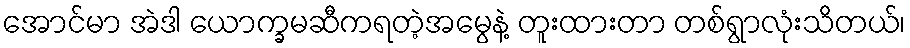
အောင်မာ အဲဒါ ယောက္ခမဆီကရတဲ့အမွေနဲ့ တူးထားတာ တစ်ရွာလုံးသိတယ်၊